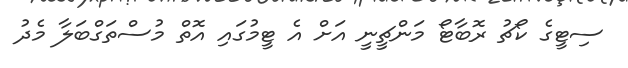
ސިޓީގެ ކޯޗު ރޮބާޓޯ މަންޗީނީ އަށް އެ ޓީމުގައި އޮތް މުސްތަގްބަލާ މެދު